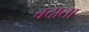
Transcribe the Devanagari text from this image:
बदाता